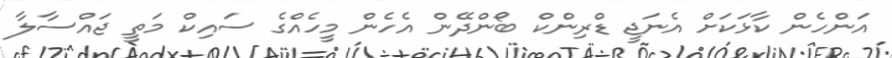
އަންހެން ކާޅަކަށް އެނަޖީ ޑްރިންކް ބޯންދޭން އެހެން މީހެއްގެ ސައިކް މަތީ ޖައްސާލާ